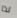
لذا